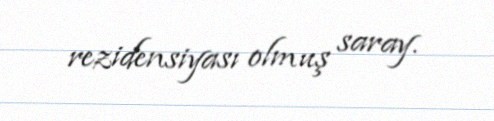
rezidensiyası olmuş saray.